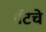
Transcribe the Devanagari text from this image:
ग्रँटचे